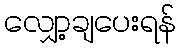
လျှော့ချပေးရန်